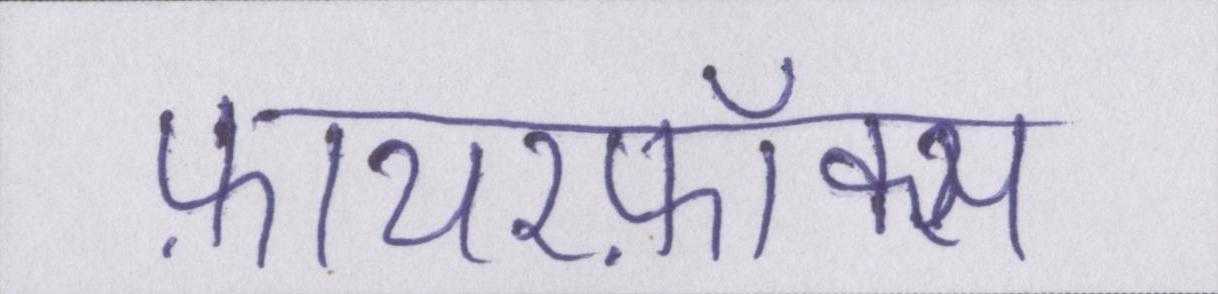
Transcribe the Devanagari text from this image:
फ़ायरफ़ॉक्स